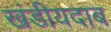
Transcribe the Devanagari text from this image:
खंडीयदाब